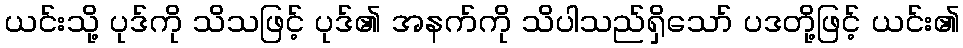
ယင်းသို့ ပုဒ်ကို သိသဖြင့် ပုဒ်၏ အနက်ကို သိပါသည်ရှိသော် ပဒတို့ဖြင့် ယင်း၏